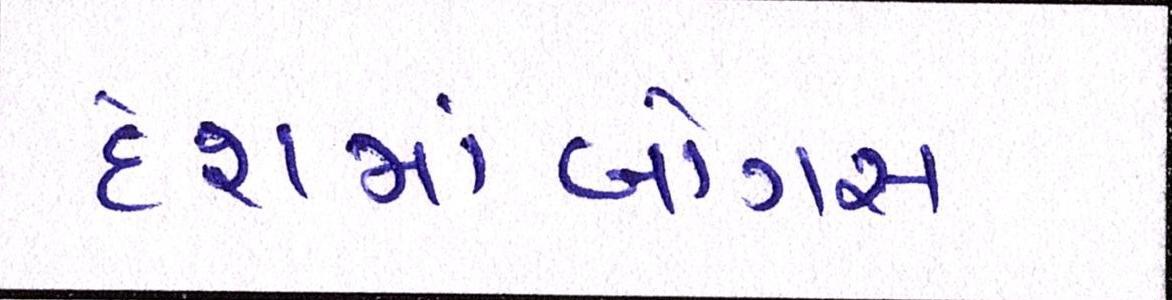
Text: દેશમાંબોગસ